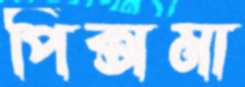
পিক্সমা